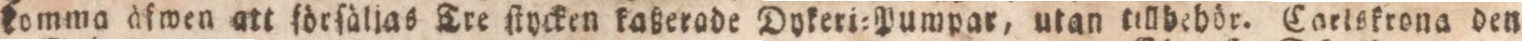
komma àſwen att förfä4ljas Tre ſtycken kaßerade Dykeri=Pumpar, utan tillbebör. Carlskrona den